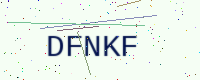
Text: DFNKF